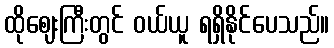
ထိုဈေးကြီးတွင် ဝယ်ယူ ရရှိနိုင်ပေသည်။